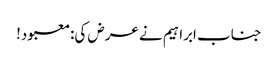
جناب ابراہیم نے عرض کی:معبود!